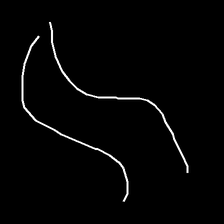
Glyph: float